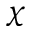
\chi